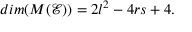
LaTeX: d i m ( M ( \mathcal { E } ) ) = 2 l ^ { 2 } - 4 r s + 4 .